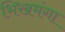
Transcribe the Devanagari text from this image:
भिखमंगा